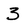
Character: 3